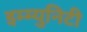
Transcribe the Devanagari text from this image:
इम्म्युनिटी